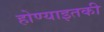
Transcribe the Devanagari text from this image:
होण्याइतकी